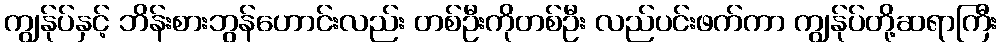
ကျွန်ုပ်နှင့် ဘိန်းစားဘွန်ဟောင်းလည်း တစ်ဦးကိုတစ်ဦး လည်ပင်းဖက်ကာ ကျွန်ုပ်တို့ဆရာကြီး